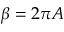
\beta = 2 \pi A